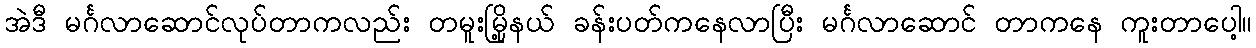
အဲဒီ မင်္ဂလာဆောင်လုပ်တာကလည်း တမူးမြို့နယ် ခန်းပတ်ကနေလာပြီး မင်္ဂလာဆောင် တာကနေ ကူးတာပေါ့။